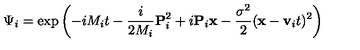
\Psi _ { i } = \exp \left( - i M _ { i } t - \frac { i } { 2 M _ { i } } { \bf P } _ { i } ^ { 2 } + i { \bf P } _ { i } { \bf x } - \frac { \sigma ^ { 2 } } { 2 } ( { \bf x } - { \bf v } _ { i } t ) ^ { 2 } \right)